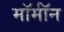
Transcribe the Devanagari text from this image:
मॉर्मॉन